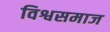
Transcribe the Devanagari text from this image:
विश्वसमाज